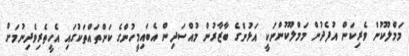
މަމްލޫކުން ވެރިކަން އުފެދުން މަމްލޫކުންނަކީ އަޅުންގެ ބާޒާރުން މުއްސަދިން އެބައިމީހުންގެ ކަންތައްތަކުގައި އެހީތެރިވެދިނުމަށް